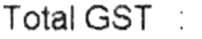
TOTAL GST :